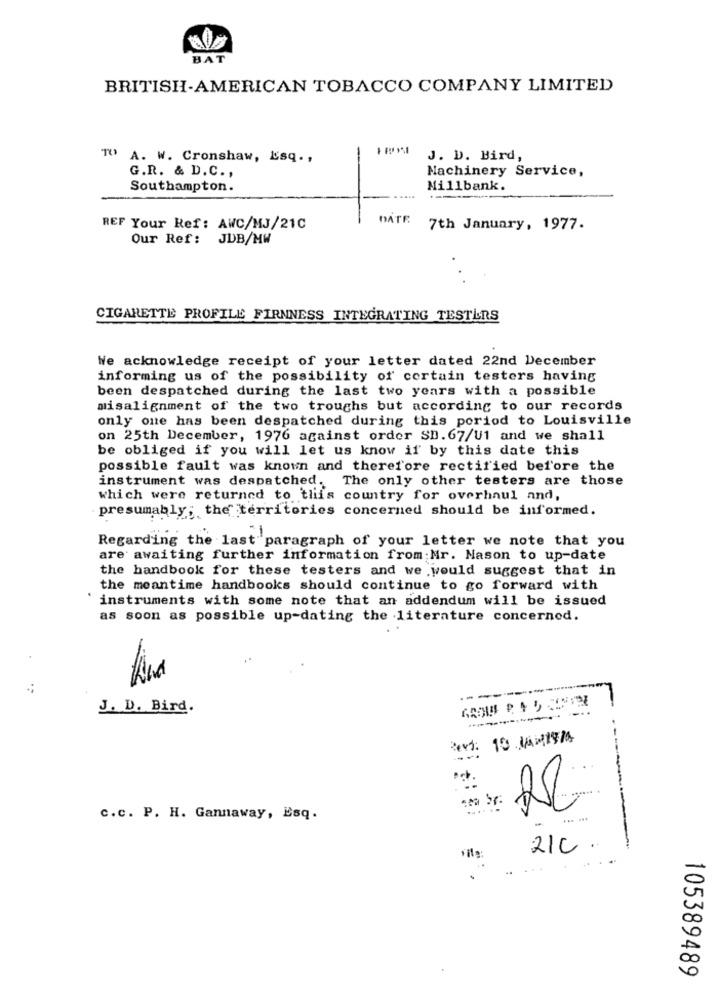
BAT
BRITISH-AMERICAN TOBACCO COMPANY LIMITED
TO A. W. Cronshaw, Esq .,
J. D. Bird,
G.R. & D.C .,
Machinery Service,
Southampton.
Millbank.
DATE
REF Your Ref: AWC/MJ/21C
7th January, 1977.
Our Ref: JDB/MW
CIGARETTE PROFILE FIRNNESS INTEGRATING TESTERS
We acknowledge receipt of your letter dated 22nd December
informing us of the possibility of certain testers having
been despatched during the last two years with a possible
misalignment of the two troughs but according to our records
only one has been despatched during this period to Louisville
on 25th December, 1976 against order SD. 67/U1 and we shall
be obliged if you will let us know if by this date this
possible fault was known and therefore rectified before the
instrument was despatched. The only other testers are those
which were returned to this country for overhaul and,
presumably; the territories concerned should be informed.
Regarding the last paragraph of your letter we note that you
are awaiting further information from:Mr. Mason to up-date
the handbook for these testers and we would suggest that in
the meantime handbooks should continue to go forward with
instruments with some note that an addendum will be issued
as soon as possible up-dating the literature concerned.
---
J. D. Bird.
c.c. P. H. Gannaway, Esq.
21C .
105389489